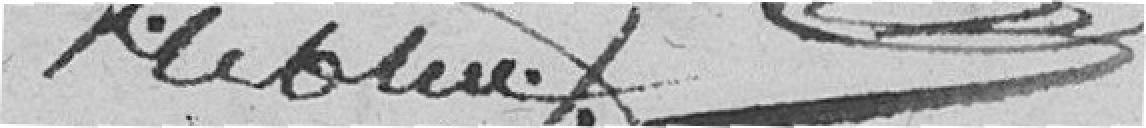
Lebleu